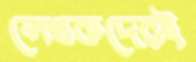
লেখকদেরই